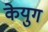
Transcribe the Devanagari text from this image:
केयुग